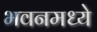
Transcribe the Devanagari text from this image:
भवनमध्ये